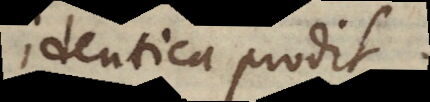
identica prodit.